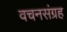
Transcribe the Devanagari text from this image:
वचनसंग्रह